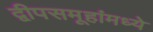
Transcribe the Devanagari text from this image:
द्वीपसमूहांमध्ये